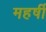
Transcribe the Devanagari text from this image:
महर्षी